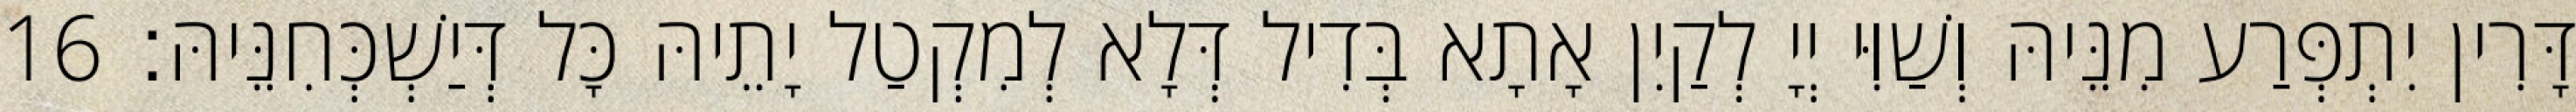
דָּרִין יִתְפְּרַע מִנֵּיהּ וְשַׁוִּי יְיָ לְקַיִן אָתָא בְּדִיל דְּלָא לְמִקְטַל יָתֵיהּ כָּל דְּיַשְׁכְּחִנֵּיהּ׃ 16